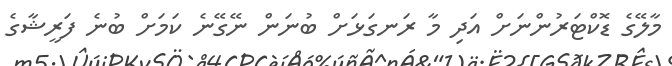
މާލޭގެ ޑޮކްޓަރުންނަށް އަދި މާ ރަނގަޅަށް ބުނަން ނޭގޭނެ ކަމަށް ބުނެ ފަރީޝާގެ